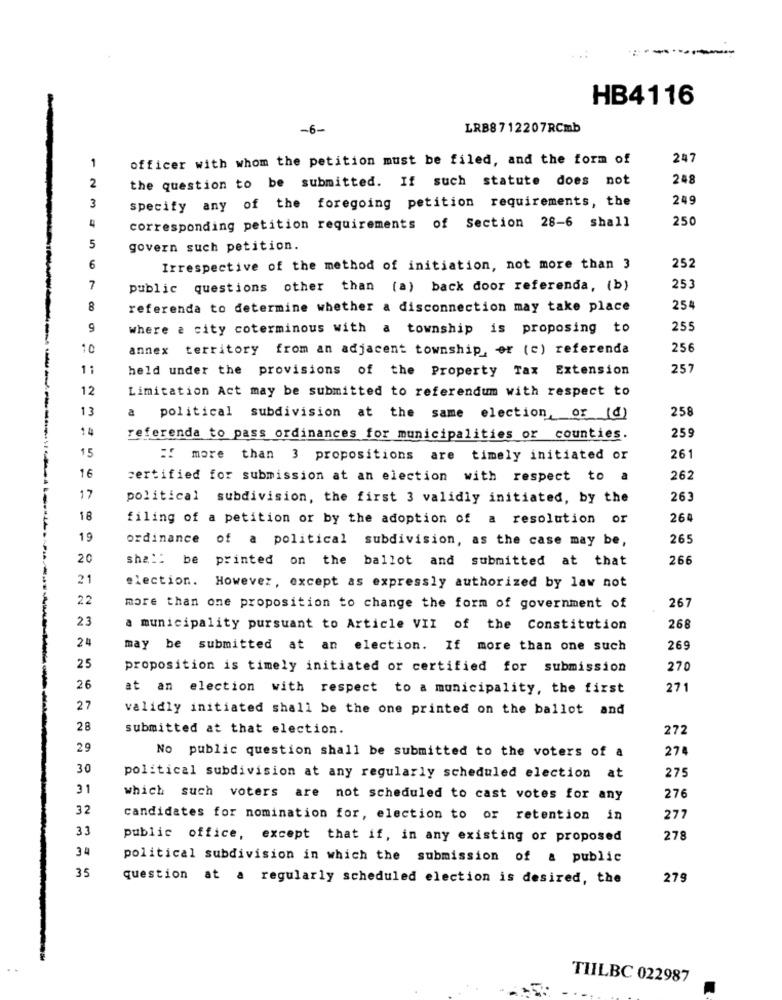
HB4116
-6-
LRB8712207RCmb
1
officer with whom the petition must be filed, and the form of
247
2
the question to be submitted. If such statute does not
248
specify any of the foregoing petition requirements, the
249
3
4
corresponding petition requirements of Section 28-6 shall
250
5
govern such petition.
252
6
Irrespective of the method of initiation, not more than 3
7
public questions other than (a) back door referenda, (b)
253
8
referenda to determine whether a disconnection may take place
254
where a city coterminous with a township is proposing to
255
10
annex territory from an adjacent township, or (c) referenda
256
11
held under the provisions of the Property Tax Extension
257
12
Limitation Act may be submitted to referendum with respect to
13
258
political subdivision at the same election, or (4)
14
259
referenda to pass ordinances for municipalities or counties.
15
X more than 3 propositions are timely initiated or
261
16
certified for submission at an election with respect to a
262
17
political subdivision, the first 3 validly initiated, by the
263
18
filing of a petition or by the adoption of a resolution or
264
19
ordinance of a political subdivision, as the case may be,
265
20
sha !: be printed on the ballot and submitted at that
266
21
election. However, except as expressly authorized by law not
22
more than one proposition to change the form of government of
267
23
a municipality pursuant to Article VII of the Constitution
268
24
may be submitted at an election. If more than one such
269
25
proposition is timely initiated or certified for submission
270
26
at an election with respect to a municipality, the first
271
27
validly initiated shall be the one printed on the ballot and
28
submitted at that election.
272
29
No public question shall be submitted to the voters of a
274
30
275
political subdivision at any regularly scheduled election at
31
which such voters are not scheduled to cast votes for any
276
32
candidates for nomination for, election to or retention in
277
33
public office, except that if, in any existing or proposed
278
3.4
political subdivision in which the submission of a public
35
question at a regularly scheduled election is desired, the
279
TILBC 022987